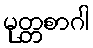
မုတ္တစာဂါ